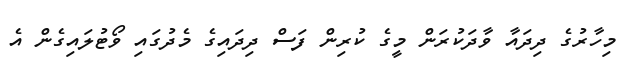
މިހާރުގެ ދިދައާ ވާދަކުރަން މީގެ ކުރިން ފަސް ދިދައިގެ މެދުގައި ވޯޓުލައިގެން އެ